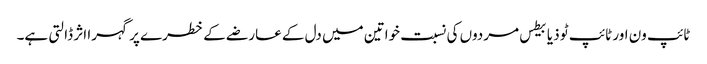
ٹائپ ون اور ٹائپ ٹو ذیابیطس مردوں کی نسبت خواتین میں دل کے عارضے کے خطرے پر گہرا اثر ڈالتی ہے۔